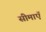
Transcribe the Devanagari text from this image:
सीमाएॅ